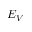
E _ { V }